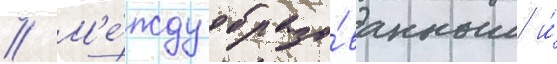
// М'е́жду образо́ванным и́